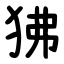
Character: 狒